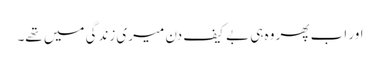
اور اب پھر وہ ہی بے کیف دن میری زندگی میں تھے۔